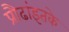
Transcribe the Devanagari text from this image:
प्रौढांइतके